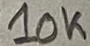
Text: 10K